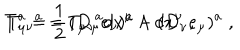
LaTeX: T ^ { a } = \frac { 1 } { 2 } T _ { \mu \nu } { } ^ { a } d x ^ { \mu } \wedge d x ^ { \nu } \; , \hspace { 0 . 5 c m } T _ { \mu \nu } { } ^ { a } = ( D _ { \mu } e _ { \nu } ) ^ { a } - ( D _ { \nu } e _ { \mu } ) ^ { a } \; ,